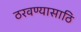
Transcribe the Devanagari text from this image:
ठरवण्यासाठि